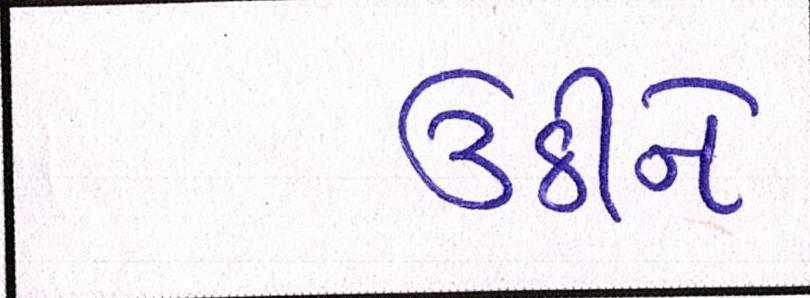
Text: ઉઠીને